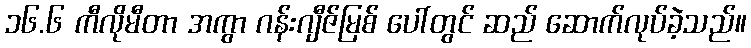
၁၆.၆ ကီလိုမီတာ အကွာ ဂန်းဂျီဇ်မြစ် ပေါ်တွင် ဆည် ဆောက်လုပ်ခဲ့သည်။